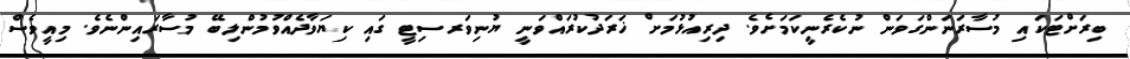
ބިރަށްޓަކައި މުސާރަނަންގަވަން ނުކެރެނީކަމަށެވެ. ދިރިއުޅުމަށް ޚަރަދުކުރައްވަނީ ޔުނިވަރސިޓީ ގައި ކިޔަވާދެއްވުމުންލިބޭ މުސާރައިންނެވެ. މިއީވެސް